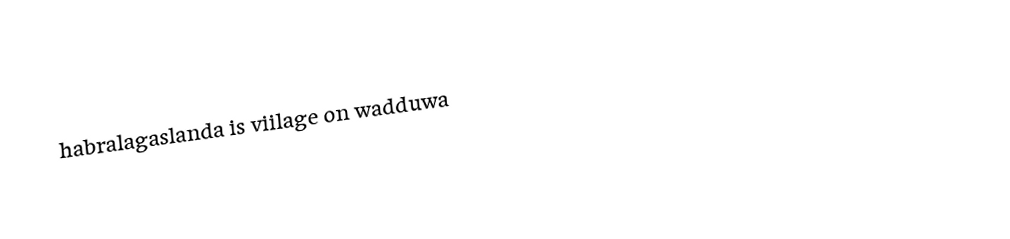
habralagaslanda is viilage on wadduwa